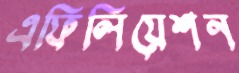
এফিলিয়েশন